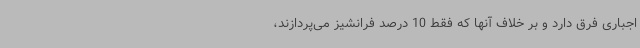
اجباری فرق دارد و بر خلاف آنها که فقط 10 درصد فرانشیز می‌پردازند،